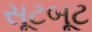
સૂટબૂટ